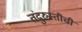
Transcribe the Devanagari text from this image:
तंदुरुस्तीची